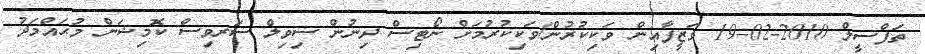
ތަފްސީލް 2010-02-19 ވަޒީފާއިން ވަކިކުރުން/ވަކިކުރުމަށް ނޯޓިސް ދިނުން ސިވިލް ސަރވިސް ކޮމިޝަން މުޙައްމަދު